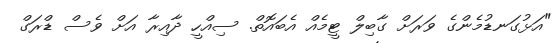
"އަޅުގަނޑުމެންގެ ވަރަށް ގާބިލް ޓީމެއް އެބައޮތް. ސިއްހީ ދާއިރާ އަށް ވެސް ޑްރަގް